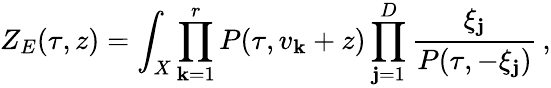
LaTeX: Z_{E}(\tau,z)=\int_{X}\prod_{\mathbf{k}=1}^{r}P(\tau,v_{\mathbf{k}}+z)\prod_{\mathbf{j}=1}^{D}\frac{{\xi_{\mathbf{j}}}}{{P(\tau,-\xi_{\mathbf{j}})}}\, ,